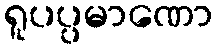
ရူပပ္ပမာဏော